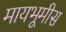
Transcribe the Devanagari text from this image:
मायभूमीस